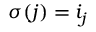
\sigma ( j ) = i _ { j }